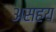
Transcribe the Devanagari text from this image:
असहय